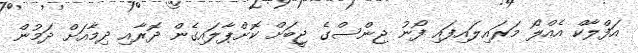
އަފްލާކް އެއްލޯ މަރައިލައިފައި ފޯނު ޖިންސްގެ ޖީބަށް ކޮށްޕާލައިގެން ދޮރާއި ދިމާއަށް ދަމުން